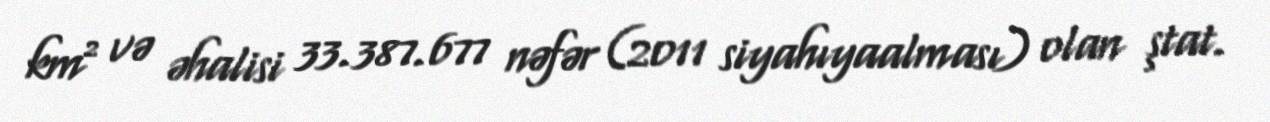
km² və əhalisi 33.387.677 nəfər (2011 siyahıyaalması) olan ştat.